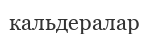
кальдералар